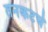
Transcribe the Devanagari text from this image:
तनकटचे